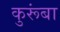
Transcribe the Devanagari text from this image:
कुरूंबा